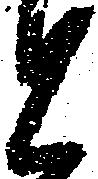
と